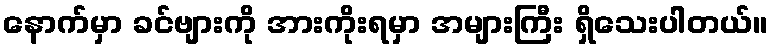
နောက်မှာ ခင်ဗျားကို အားကိုးရမှာ အများကြီး ရှိသေးပါတယ်။